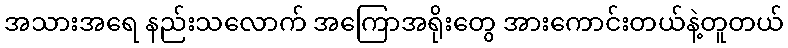
အသားအရေ နည်းသလောက် အကြောအရိုးတွေ အားကောင်းတယ်နဲ့တူတယ်